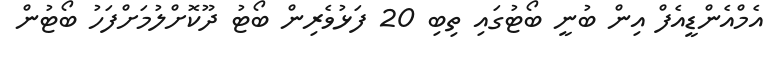
އެމްއެންޑީއެފް އިން ބުނީ ބޯޓުގައި ތިބި 20 ފަޅުވެރިން ބޯޓު ދޫކޮށްލުމަށްފަހު ބޯޓުން